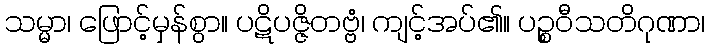
သမ္မာ၊ ဖြောင့်မှန်စွာ။ ပဋိပဇ္ဇိတဗ္ဗံ၊ ကျင့်အပ်၏။ ပဉ္စဝီသတိဂုဏာ၊